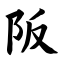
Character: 阪